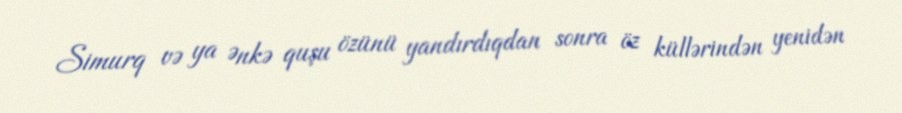
Simurq və ya Ənkə quşu özünü yandırdıqdan sonra öz küllərindən yenidən